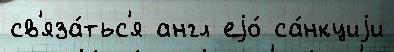
св'яза́тьс'я англ еjо́ са́нкциjи